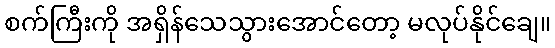
စက်ကြီးကို အရှိန်သေသွားအောင်တော့ မလုပ်နိုင်ချေ။